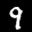
Label: 9